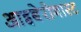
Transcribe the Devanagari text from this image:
आइबेरोगास्ट